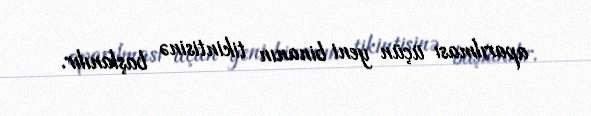
aparılması üçün yeni binanın tikintisinə başlanılır.